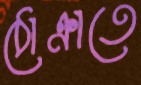
ঠোক্‌রাতে